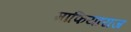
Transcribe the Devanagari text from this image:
माफियाराज